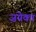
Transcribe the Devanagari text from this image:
जयेका